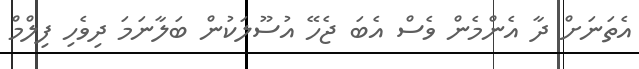
އެތަނަށް ދާ އެންމެން ވެސް އެބަ ޖެހޭ އުސޫލަކުން ބަލާނަމަ ދިވެހި ފިލްމް